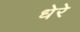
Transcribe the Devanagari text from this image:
धेरे